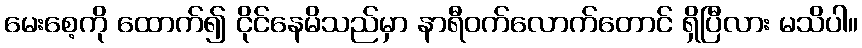
မေးစေ့ကို ထောက်၍ ငိုင်နေမိသည်မှာ နာရီဝက်လောက်တောင် ရှိပြီလား မသိပါ။